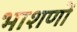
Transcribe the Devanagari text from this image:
भाशणों